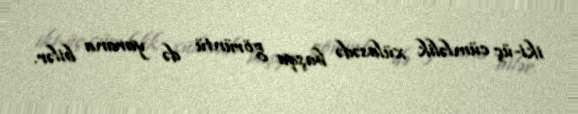
iki-üç cümləlik xülasədə başqa görüntü də yarana bilər.